Indian journal of veterinary science and animal husbandry - Volumes 22-23, 1952-1953
Year: 1952
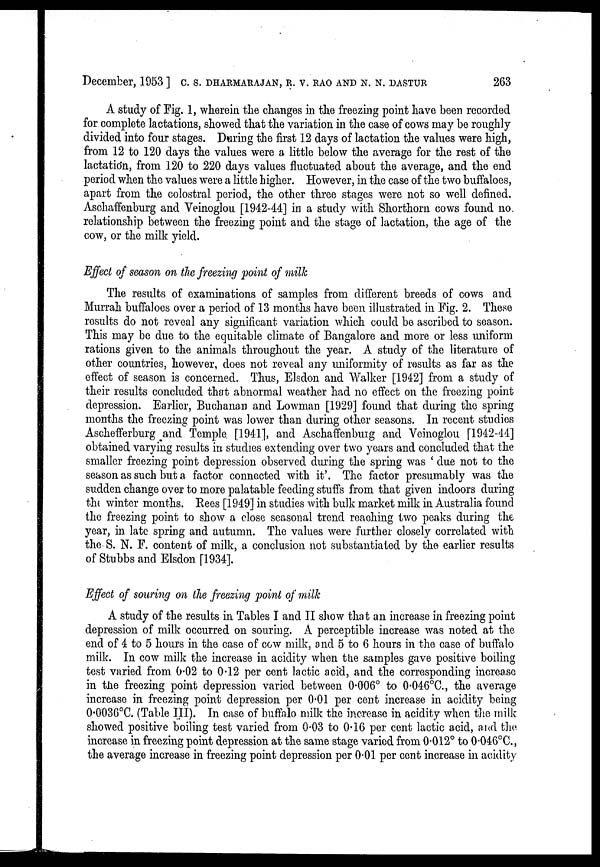
December, 1953] C. S. DHARMARAJAN, R. V. RAO AND N. N. DASTUR 263
A study of Fig. 1, wherein the changes in the freezing point have been recorded
for complete lactations, showed that the variation in the case of cows may be roughly
divided into four stages. During the first 12 days of lactation the values were high,
from 12 to 120 days the values were a little below the average for the rest of the
lactation, from 120 to 220 days values fluctuated about the average, and the end
period when the values were a little higher. However, in the case of the two buffaloes,
apart from the colostral period, the other three stages were not so well defined.
Aschaffenburg and Veinoglou [1942-44] in a study with Shorthorn cows found no.
relationship between the freezing point and the stage of lactation, the age of the
cow, or the milk vield.
Effect of season on the freezing point of milk
The results of examinations of samples from different breeds of cows and
Murrah buffaloes over a period of 13 months have been illustrated in Fig. 2. These
results do not reveal any significant variation which could be ascribed to season.
This may be due to the equitable climate of Bangalore and more or less uniform
rations given to the animals throughout the year. A study of the literature of
other countries, however, does not reveal any uniformity of results as far as the
effect of season is concerned. Thus, Elsdon and Walker [1942] from a study of
their results concluded that abnormal weather had no effect on the freezing point
depression. Earlier, Buchanan and Lowman [1929] found that during the spring
months the freezing point was lower than during other seasons. In recent studies
Aschefferburg and Temple [1941], and Aschaffenburg and Veinoglou [1942-44]
obtained varying results in studies extending over two years and concluded that the
smaller freezing point depression observed during the spring was 'due not to the
season as such but a factor connected with it'. The factor presumably was the
sudden change over to more palatable feeding stuffs from that given indoors during
the winter months. Rees [1949] in studies with bulk market milk in Australia found
the freezing point to show a close seasonal trend reaching two peaks during the
year, in late spring and autumn. The values were further closely correlated with
the S. N. F. content of milk, a conclusion not substantiated by the earlier results
of Stubbs and Elsdon [1934].
Effect of souring on the freezing point of milk
A study of the results in Tables I and II show that an increase in freezing point
depression of milk occurred on souring. A perceptible increase was noted at the
end of 4 to 5 hours in the case of cow milk, and 5 to 6 hours in the case of buffalo
milk. In cow milk the increase in acidity when the samples gave positive boiling
test varied from 0.02 to 0.12 per cent lactic acid, and the corresponding increase
in the freezing point depression varied between 0.006º to 0.046ºC., the average
increase in freezing point depression per 0.01 per cent increase in acidity being
0.0036ºC. (Table III). In case of buffalo milk the increase in acidity when the milk
showed positive boiling test varied from 0.03 to 0.16 per cent lactic acid, and the
increase in freezing point depression at the same stage varied from 0.012º to 0.046ºC.,
the average increase in freezing point depression per 0.01 per cent increase in acidity